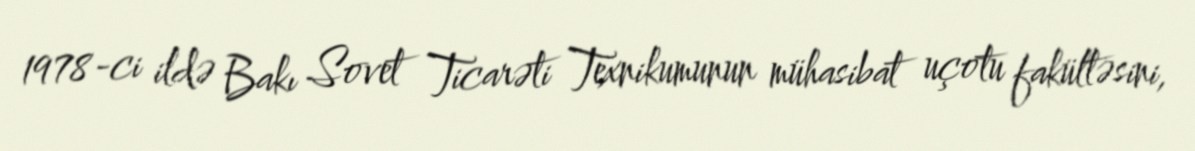
1978-ci ildə Bakı Sovet Ticarəti Texnikumunun mühasibat uçotu fakültəsini,